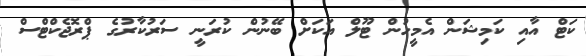
ކަޓް އާއި ކަމިޝަން އެމީހުން ޓޫލް އަކަށް ބޭނުން ކުރަނީ ސަރުކާރުގެ ޕްރޮޖެކްޓްސް